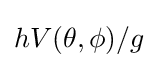
hV(\theta ,\phi )/g